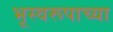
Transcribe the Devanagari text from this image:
भूस्वरूपाच्या